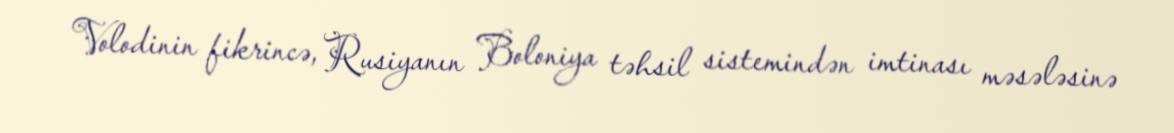
Volodinin fikrincə, Rusiyanın Boloniya təhsil sistemindən imtinası məsələsinə